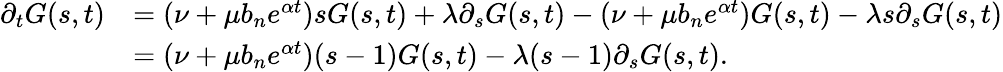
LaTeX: \begin{array}{rl}{\partial_{t}G(s,t)}&{=(\nu+\mu b_{n}e^{\alpha t})sG(s,t)+\lambda\partial_{s}G(s,t)-(\nu+\mu b_{n}e^{\alpha t})G(s,t)-\lambda s\partial_{s}G(s,t)}\\ &{=(\nu+\mu b_{n}e^{\alpha t})(s-1)G(s,t)-\lambda(s-1)\partial_{s}G(s,t).}\end{array}